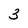
Character: 3